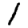
Digit: 1